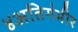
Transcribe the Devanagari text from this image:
४अतिगंभीर